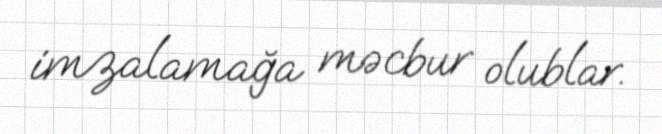
imzalamağa məcbur olublar.